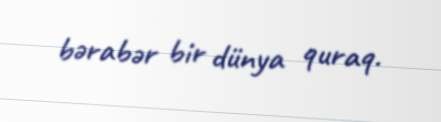
bərabər bir dünya quraq.